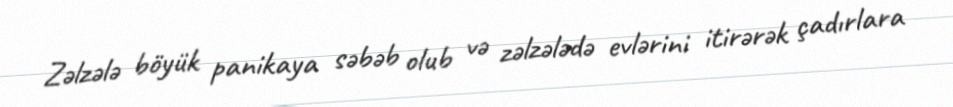
Zəlzələ böyük panikaya səbəb olub və zəlzələdə evlərini itirərək çadırlara